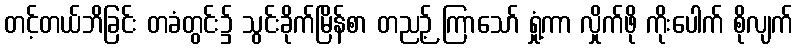
တင့်တယ်ဘိခြင်း တခံတွင်း၌ သွင်းခိုက်မြိန်စာ တညဉ့် ကြာသော် ရှုံ့ကာ လှိုက်ဖို ကိုးပေါက် စိုလျက်